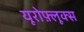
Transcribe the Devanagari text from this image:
यूरोफ़्लूक्स